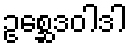
ဥစ္ဆေဒဝါဒါ